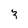
Character: 3